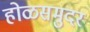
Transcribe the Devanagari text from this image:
होळसमुदर